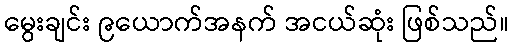
မွေးချင်း ၉ယောက်အနက် အငယ်ဆုံး ဖြစ်သည်။